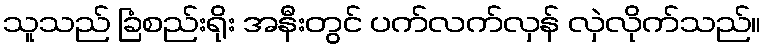
သူသည် ခြံစည်းရိုး အနီးတွင် ပက်လက်လှန် လှဲလိုက်သည်။